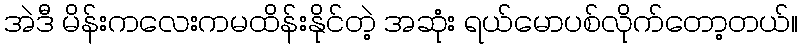
အဲဒီ မိန်းကလေးကမထိန်းနိုင်တဲ့ အဆုံး ရယ်မောပစ်လိုက်တော့တယ်။